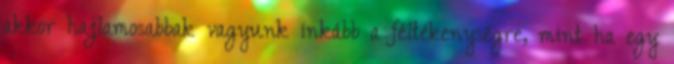
akkor hajlamosabbak vagyunk inkább a féltékenységre, mint ha egy